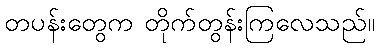
တပန်းတွေက တိုက်တွန်းကြလေသည်။